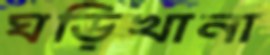
ঘড়িখানা